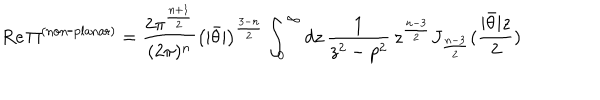
LaTeX: \mathrm { R e } \, \Pi ^ { \mathrm { ( n o n \mathrm { - } p l a n a r ) } } = \frac { 2 \pi ^ { \frac { n + 1 } { 2 } } } { ( 2 \pi ) ^ { n } } \left( | \bar { \theta } | \right) ^ { \frac { 3 - n } { 2 } } \int _ { 0 } ^ { \infty } d z \, \frac { 1 } { z ^ { 2 } - p ^ { 2 } } \, z ^ { \frac { n - 3 } { 2 } } J _ { \frac { n - 3 } { 2 } } ( \frac { | \bar { \theta } | z } { 2 } )